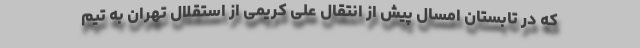
که در تابستان امسال پیش از انتقال علی کریمی از استقلال تهران به تیم